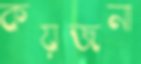
কয়জনা